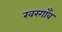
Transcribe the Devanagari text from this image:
खरगाँव